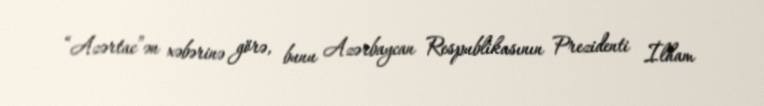
“Azərtac”ən xəbərinə görə, bunu Azərbaycan Respublikasının Prezidenti İlham